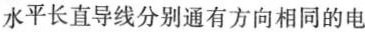
水平长直导线分别通有方向相同的电